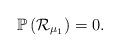
LaTeX: \begin{align*}\mathbb{P}\left(\mathcal{R}_{\mu_1}\right)=0.\end{align*}